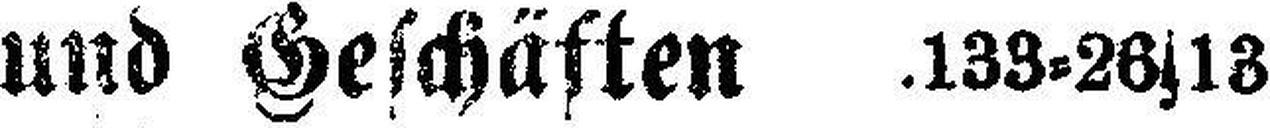
und Geschäften .133=26s13